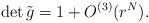
LaTeX: \begin{align*} \det \tilde{g} = 1 + O^{(3)}(r^N).\end{align*}